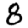
Digit: 8